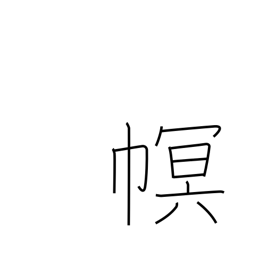
Meaning: cloth covering